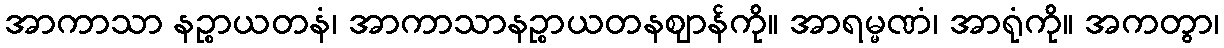
အာကာသာ နဉ္စာယတနံ၊ အာကာသာနဉ္စာယတနဈာန်ကို။ အာရမ္မဏံ၊ အာရုံကို။ အကတွာ၊